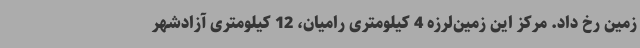
زمین رخ داد. مرکز این زمین‌لرزه 4 کیلومتری رامیان، 12 کیلومتری آزادشهر